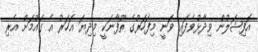
އޮފިޝަލުން ވިދާޅުވެފައި ވަނީ މިފަހަރުގެ ތޫފާނަކީ މިދިޔަ އަހަރު އެ ގައުމަށް އެރި